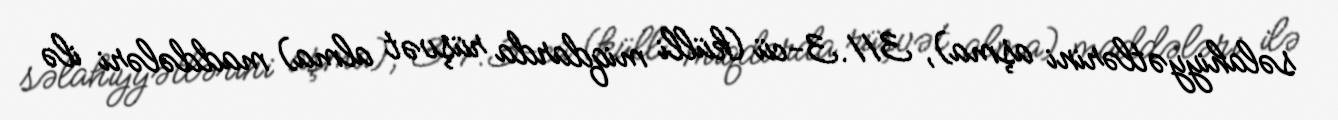
səlahiyyətlərini aşma), 311.3-cü (külli miqdarda rüşvət alma) maddələri ilə